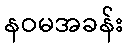
နဝမအခန်း